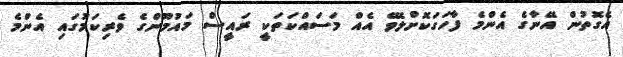
އެގޮތުން އޭނާގެ އެންމެ ފާހަގަކޮށްލެވޭ އެއް މަސައްކަތަކީ ރައީސް މައުމޫންގެ ވެރިކަމުގައި އެންމެ